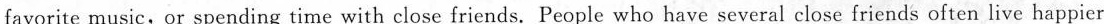
favorite music,or spending time with close friends. People who have several close friends often live happier